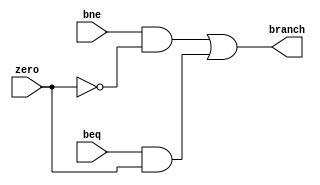
module decide_branch(
	input beq,
	input bne,
	input zero,
	output branch
	);
	
	wire beqTrue, bneTrue;
	
	//If beq and zero is 1 or bne and not zero is 1, then branch
	and and0(beqTrue, beq, zero);
	and and1(bneTrue, bne, ~zero);
	or result(branch, bneTrue, beqTrue);

endmodule